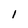
Character: 1